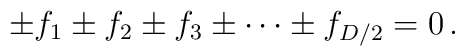
\pm f_1 \pm f_2 \pm f_3 \pm \cdots\pm f_{D/2}=0\,.